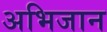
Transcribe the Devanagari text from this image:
अभिजान